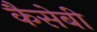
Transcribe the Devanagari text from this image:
कैसेबी